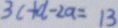
3 c + d - 2 a = 1 3